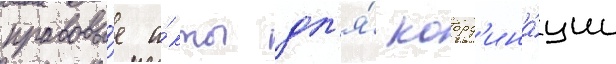
правовы́е а́кты дл'я́ коорд'ина́ции